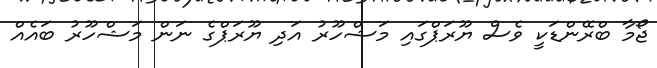
ޖޯމާ ބްރޭންޑަކީ ވެސް ޔޫރަޕްގައި މަޝްހޫރު އަދި ޔޫރަޕްގެ ނަން މަޝްހޫރު ބައެއް